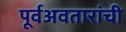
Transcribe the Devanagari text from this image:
पूर्वअवतारांची